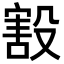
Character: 㲅